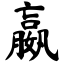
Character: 嬴